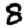
Digit: 8